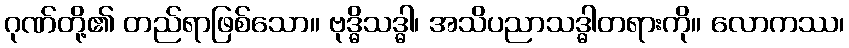
ဂုဏ်တို့၏ တည်ရာဖြစ်သော။ ဗုဒ္ဓိသဒ္ဓါ၊ အသိပညာသဒ္ဓါတရားကို။ လောကဿ၊